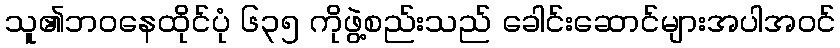
သူ၏ဘဝနေထိုင်ပုံ ၆၃၅ ကိုဖွဲ့စည်းသည် ခေါင်းဆောင်များအပါအဝင်